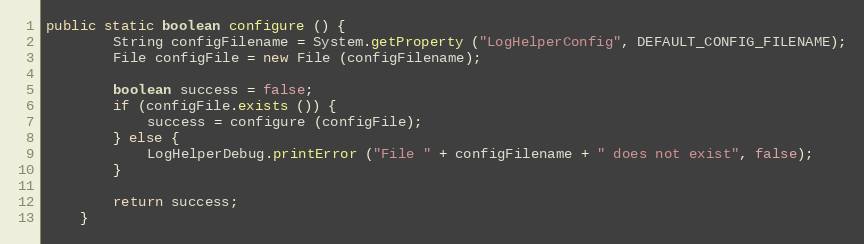
Language: Java
public static boolean configure () {
		String configFilename = System.getProperty ("LogHelperConfig", DEFAULT_CONFIG_FILENAME);
		File configFile = new File (configFilename);

		boolean success = false;
		if (configFile.exists ()) {
			success = configure (configFile);
		} else {
			LogHelperDebug.printError ("File " + configFilename + " does not exist", false);
		}

		return success;
	}